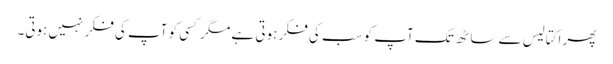
پھر اکتالیس سے ساٹھ تک آپ کو سب کی فکر ہوتی ہے مگر کسی کو آپ کی فکر نہیں ہوتی۔